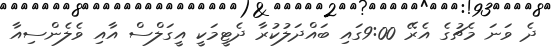
ދެ ވަނަ މެޗުގެ އެރޭ 9:00ގައި ބައްދަލުކުރާ ދެޓީމަކީ އީގަލްސް އާއި ވެލެންސިއާ